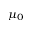
\mu _ { 0 }